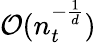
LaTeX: \mathcal{O}(n_{t}^{-\frac{1}{d}})